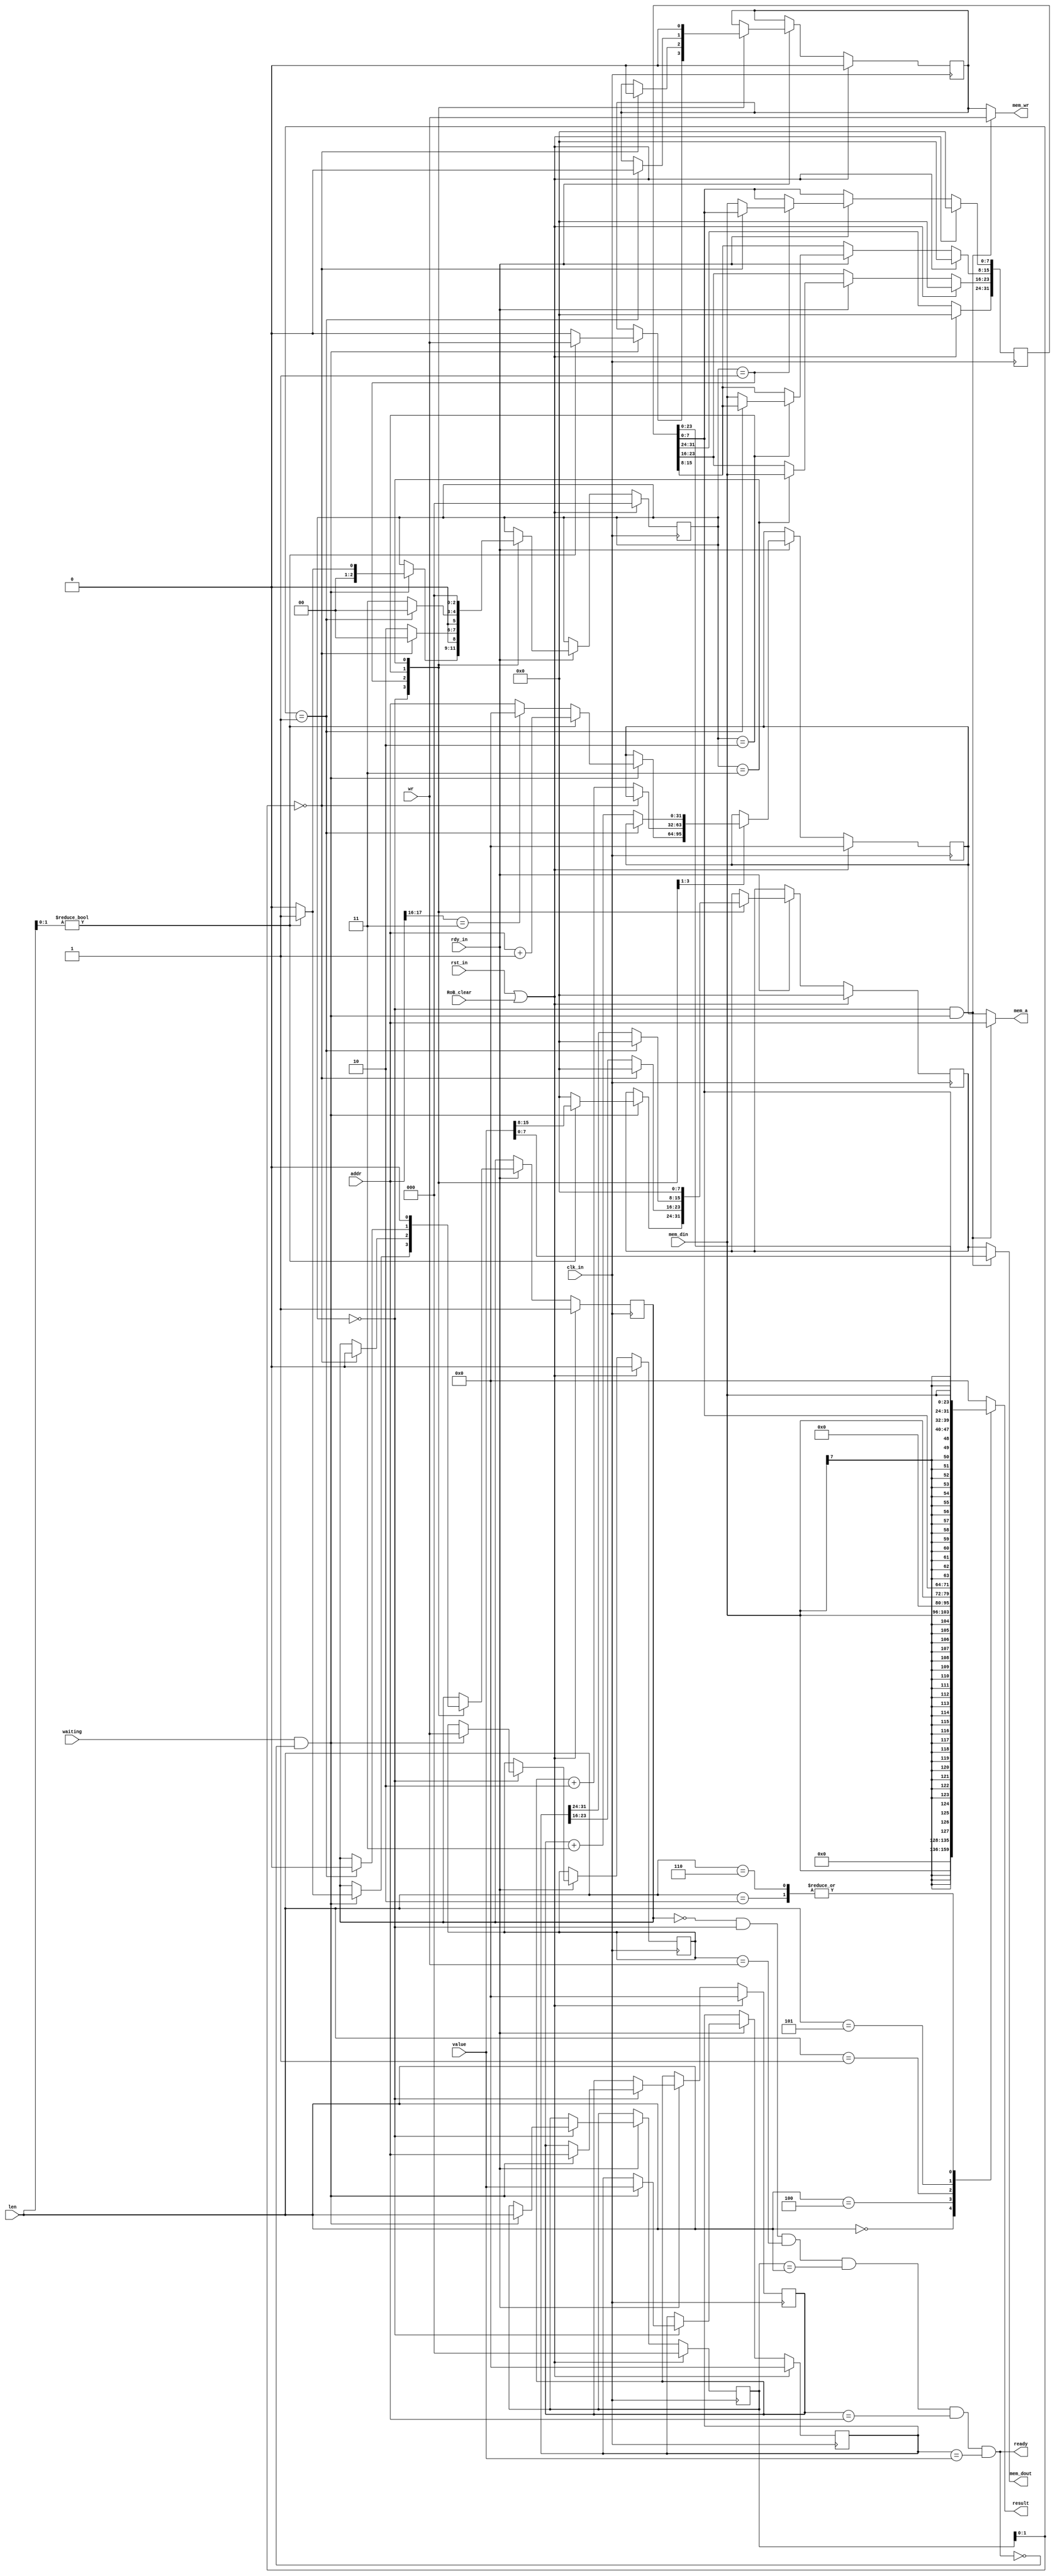
module MemoryController (
    input wire clk_in,  // system clock signal
    input wire rst_in,  // reset signal
    input wire RoB_clear,
    input wire rdy_in,  // ready signal, pause cpu when low

    input wire [31:0] value,      // data that will be written to mem in 4 cycles
    input wire [31:0] addr,       // (only 17:0 is used)
    input wire        wr,         // write/read signal (1 for write)
    output wire [ 7:0] mem_dout,  // data output bus
    output wire [31:0] mem_a,     // address bus (only 17:0 is used)
    output wire        mem_wr,    // write/read signal (1 for write)

    input  wire [ 7:0] mem_din,   // data input bus
    output wire [31:0] result,     // result of read operation

    input wire        waiting,    // waiting for work
    input wire [ 2:0] len,        // typeSee the sign_extend function for more information.
    output wire       ready      // 1 indicates that the memcontrol is ready to start a new work
);

    // tasks to be accomplished in stages (write data to memory)
    reg         work_wr;
    reg  [ 2:0] work_len;
    reg  [31:0] work_addr;
    reg  [31:0] work_value;

    // tasks to be accomplished in stages (read data from memory)
    reg  [31:0] res;

    // current working
    reg         current_wr;
    reg  [31:0] current_addr;
    reg  [ 7:0] current_value;

    // tags
    wire        need_work;
    wire        first_cycle;
    reg         busy;
    reg  [ 2:0] state;
    

    assign ready = !busy && state == 0 && work_wr == wr && work_len == len && work_addr == addr && work_value == value;
    assign result = sign_extend(len, mem_din, res);

    assign need_work = waiting && !ready; //Conditions for state machine transfer away from state 0
    assign first_cycle = state == 0 && need_work;

    assign mem_wr = first_cycle ? wr : current_wr;
    assign mem_a = first_cycle ? addr : current_addr;
    assign mem_dout = first_cycle ? value[7:0] : current_value;

    always @(posedge clk_in) begin
        if (rst_in || RoB_clear) begin
            work_wr <= 0;
            work_len <= 0;
            work_addr <= 0;
            work_value <= 0;
            busy <= 1;
            state <= 0;
            res <= 0;
            current_wr <= 0;
            current_addr <= 0;
            current_value <= 0;
        end
        else if (rdy_in) begin
            case (state)
                2'b00: begin
                    if (need_work) begin    
                        work_wr <= wr;
                        work_len <= len;
                        work_addr <= addr;
                        work_value <= value;
                        if (len[1:0]) begin
                            state <= 2'b01;
                            busy <= 1;
                            current_wr <= wr;
                            current_addr <= addr + 1;
                            current_value <= value[15:8];
                        end
                        else begin
                            state <= 2'b00;
                            busy <= 0;
                            current_wr <= 0;
                            current_value <= 0;
                            current_addr <= addr[17:16] == 2'b11 ? 0 : addr;
                        end
                    end
                end
                2'b01: begin
                    if (work_len[1:0] == 2'b00) begin
                        state <= 2'b00;
                        busy <= 0;
                        current_wr <= 0;
                        current_value <= 0;
                    end
                    else begin
                        state <= 2'b10;
                        res[7:0] <= mem_din;
                        current_addr <= work_addr + 2;
                        current_value <= work_value[23:16];
                    end
                end
                2'b10: begin
                    if (work_len[1:0] == 2'b01) begin
                        state <= 2'b00;
                        busy <= 0;
                        current_wr <= 0;
                        current_value <= 0;
                    end
                    else begin
                        state <= 2'b11;
                        res[15:8] <= mem_din;
                        current_addr <= work_addr + 3;
                        current_value <= work_value[31:24];
                    end
                end
                2'b11: begin
                    state <= 2'b00;
                    busy <= 0;
                    res[23:16] <= mem_din;
                    current_wr <= 0;
                    current_value <= 0;
                end
            endcase
        end
    end

    // 00: 1 byte, 01: 2 bytes, 10: 4 bytes
    // len[2]: signed or unsigned
    function [31:0] sign_extend;
        input [2:0] len;
        input [7:0] mem_din;
        input [31:0] value;
        case (len)
            3'b000:  sign_extend = {24'b0, mem_din};
            3'b100:  sign_extend = {{24{mem_din[7]}}, mem_din};
            3'b001:  sign_extend = {16'b0, mem_din[7:0], value[7:0]};
            3'b101:  sign_extend = {{16{mem_din[7]}}, mem_din[7:0], value[7:0]};
            3'b010:  sign_extend = {mem_din[7:0], value[23:0]};
            3'b110:  sign_extend = {mem_din[7:0], value[23:0]};
            default: sign_extend = 0;
        endcase
    endfunction
endmodule